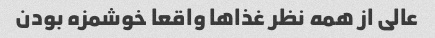
عالی از همه نظر غذا‌ها واقعا خوشمزه بودن